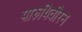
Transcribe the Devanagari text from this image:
पारुथिवीरन